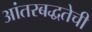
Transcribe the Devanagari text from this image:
आंतरबद्धतेची